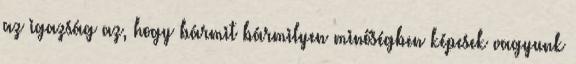
az igazság az, hogy bármit bármilyen minőségben képesek vagyunk